Anatomy and histology of ticks - Number 23
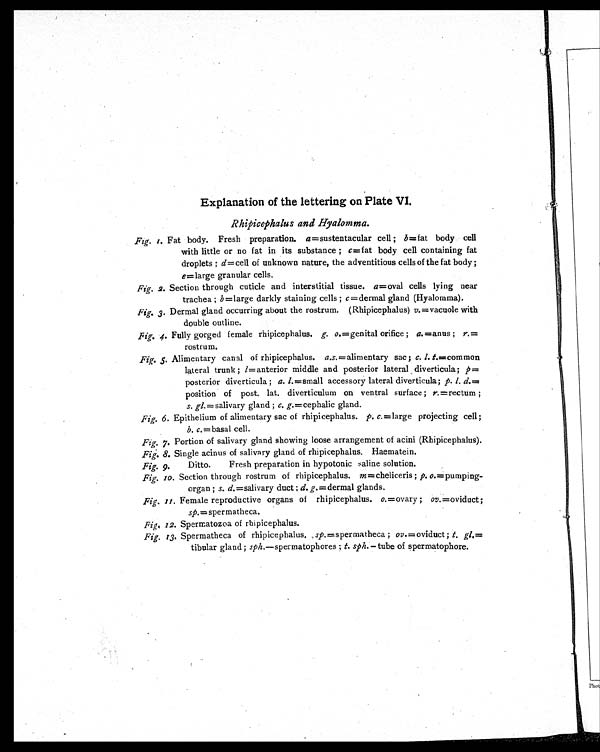
Explanation of the lettering on Plate VI.
R h i p i c e p h a l u s a n d H y a l o m m a .
F i g . 1 . F a t b o d y . F r e s h p r e p a r a t i o n . a — s u s t e n t a c u l a r c e l l ; b — f a t b o d y c e l l
with little or no fat in its substance ; c=fat body cell containing fat
droplets ; d= cell of unknown nature, the adventitious cells of the fat body ;
e=large granular cells.
Fig. 2. Section through cuticle and interstitial tissue. a =oval cells lying near
trachea ; b =large darkly staining cells ; c =dermal gland (Hyalomma).
Fig. 3. Dermal gland occurring about the rostrum. (Rhipicephalus) v. =vacuole with
double outline.
Fig. 4. Fully gorged female rhipicephalus. g. o.=genital orifice ; a. =anus ; r.=
rostrum.
F i g .
5 . A l i m e n t a r y c a n a l o f r h i p i c e p h a l u s .a
. s . = a l i m e n t a r y s a c ;
c . l . t .
= c o m m o n
lateral trunk ; l=anterior middle and posterior lateral diverticula; p =
posterior diverticula ; a. l. =small accessory lateral diverticula; p. l. d. =
position of post. lat. diverticulum on ventral surface; r.=rectum ;
s. gl .= salivary gland ; c. g.= cephalic gland.
Fig . 6. Epithelium of alimentary sac of rhipicephalus. p. c.= large projecting cell;
b. c . =basal cell.
Fig. 7. Portion of salivary gland showing loose arrangement of acini (Rhipicephalus).
Fig. 8. Single acinus of salivary gland of rhipicephalus. Haematein.
Fig. 9.
Ditto.
Fresh preparation in hypotonic saline solution.
Fig. 10 Section through rostrum of rhipicephalus. m=cheliceris ; p. o. =pumping-
organ ; s. d. =salivary duct ; d. g. =dermal glands.
Fig. 11. Female reproductive organs of rhipicephalus. o.=ovary ; ov.=oviduct;
sp.=spermatheca.
Fig. 12. Spermatozoa of rhipicephalus.
Fig. 13. Spermatheca of rhipicephalus. sp=spermatheca ; ov.=oviduct; t. gl.=
tibular gland; sph.—spermatophores ; t. sph.— tube of spermatophore.